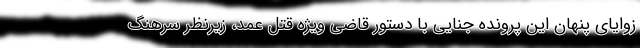
زوایای پنهان این پرونده جنایی با دستور قاضی ویژه قتل عمد، زیرنظر سرهنگ